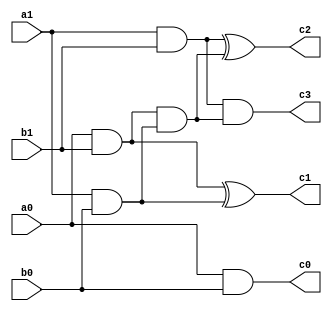
`timescale 1ns / 1ps
//////////////////////////////////////////////////////////////////////////////////
// Company: 
// Engineer: 
// 
// Design Name: 
// Module Name: lab1_2
// Project Name: 
// Target Devices: 
// Tool Versions: 
// Description: 
// 
// Dependencies: 
// 
// Revision:
// Revision 0.01 - File Created
// Additional Comments:
// 
//////////////////////////////////////////////////////////////////////////////////


module lab1_2(c0, c1, c2, c3, a0, a1, b0, b1);
output c0, c1, c2, c3;
input a0, a1, b0, b1;

assign c0 = a0&b0;
assign c1 = (a0&b1) ^ (a1&b0);
assign c2 = ((a1&b1) ^ ((a0&b1) & (a1&b0)));
assign c3 = ((a1&b1) & ((a0&b1) & (a1&b0)));

endmodule